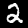
Label: 2